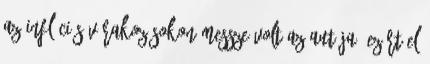
az inflációs várakozásokon Messze volt az autója, ezért el